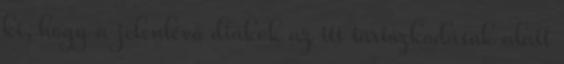
ki, hogy a jelenlévő diákok az itt tartózkodásuk alatt